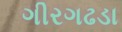
ગીરગઢડા